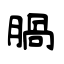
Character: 腡